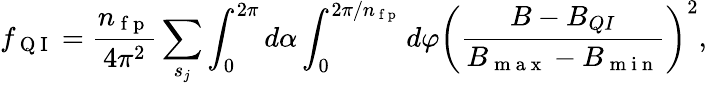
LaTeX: f_{\mathrm{~Q~I~}}=\frac{n_{\mathrm{~f~p~}}}{4\pi^{2}}\sum_{s_{j}}\int_{0}^{2\pi}d\alpha\int_{0}^{2\pi/n_{\mathrm{~f~p~}}}d\varphi\left(\frac{B-B_{QI}}{B_{\mathrm{~m~a~x~}}-B_{\mathrm{~m~i~n~}}}\right)^{2},